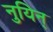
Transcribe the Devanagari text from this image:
नुयिन्